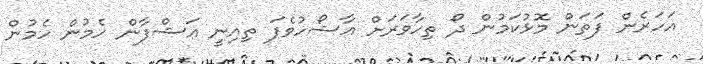
އަހަރެން ފަތަން މޮޅުކަމުން ދޯ ތިހާވަރަށް އާޝޯހުވެފަ ތިއިނީ އަޝްފާން ހެމުން ހެމުން